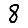
Digit: 8